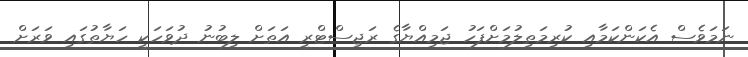
ނަމަވެސް އެކަންކަމާއި ކުރިމަތިލުމަށްފަހު ޖަމިއްޔާގެ ރަޖިސްޓްރީ އަތަށް ލިބުނު ދުވަހަކީ ހަޔާތުގައި ވަރަށް